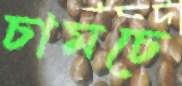
চামচে